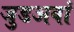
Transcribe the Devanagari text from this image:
जुडअवां